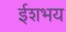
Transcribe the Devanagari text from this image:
ईशभय